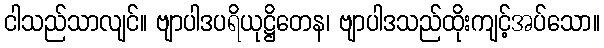
ငါသည်သာလျင်။ ဗျာပါဒပရိယုဋ္ဌိတေန၊ ဗျာပါဒသည်ထိုးကျင့်အပ်သော။